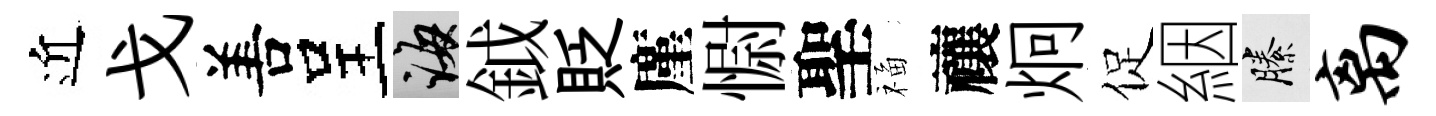
近戈𠵊呈誨鉞貶廑𢠢聖福禳炯促絪縢离